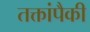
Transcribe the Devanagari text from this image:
तक्तांपैकी